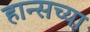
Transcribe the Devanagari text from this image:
हान्सच्या